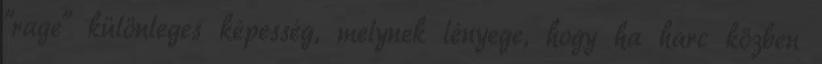
"rage" különleges képesség, melynek lényege, hogy ha harc közben